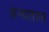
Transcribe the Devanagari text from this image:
ग्रन्थताल